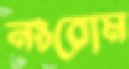
নংরোম